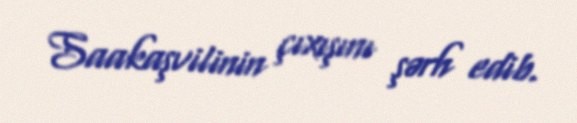
Saakaşvilinin çıxışını şərh edib.